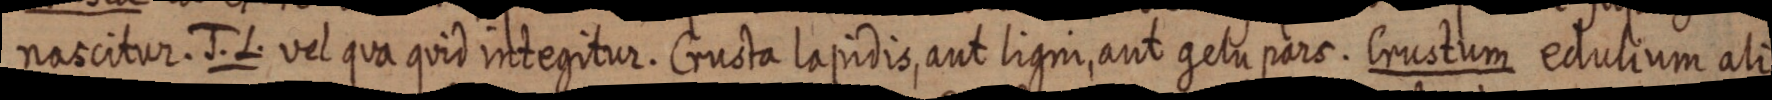
nascitur. J. L. vel qua quid integitur. Crusta lapidis, aut ligni, aut gelu pars. Crustum edulium ali